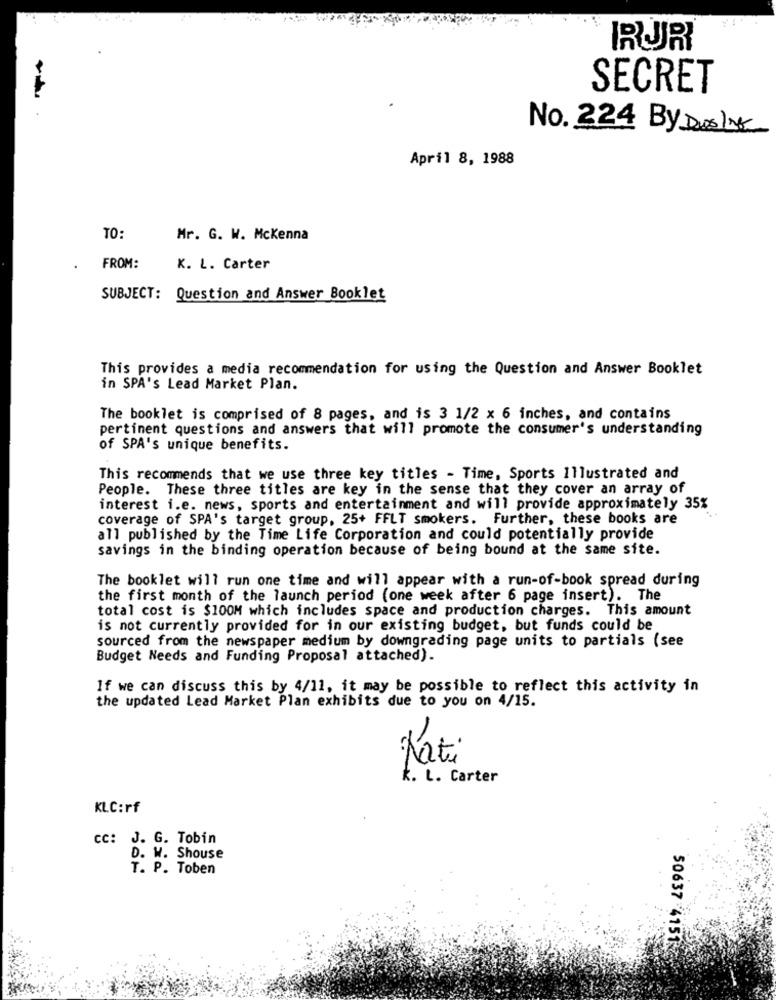
RUR
SECRET
No. 224 By Duslik
April 8, 1988
TO:
Mr. G. W. Mckenna
FROM:
K. L. Carter
SUBJECT: Question and Answer Booklet
This provides a media recommendation for using the Question and Answer Booklet
in SPA's Lead Market Plan.
The booklet is comprised of 8 pages, and is 3 1/2 x 6 inches, and contains
pertinent questions and answers that will promote the consumer's understanding
of SPA's unique benefits.
This recommends that we use three key titles - Time, Sports illustrated and
People. These three titles are key in the sense that they cover an array of
interest i.e. news, sports and entertainment and will provide approximately 35%
coverage of SPA's target group, 25+ FFLT smokers. Further, these books are
all published by the Time Life Corporation and could potentially provide
savings in the binding operation because of being bound at the same site.
The booklet will run one time and will appear with a run-of-book spread during
the first month of the launch period (one week after 6 page insert). The
total cost is $100M which includes space and production charges. This amount
is not currently provided for in our existing budget, but funds could be
sourced from the newspaper medium by downgrading page units to partials (see
Budget Needs and Funding Proposal attached).
If we can discuss this by 4/11, it may be possible to reflect this activity in
the updated Lead Market Plan exhibits due to you on 4/15.
Nati
k. L. Carter
KLC:rf
cc: J. G. Tobin
D. W. Shouse
T. P. Toben
50637 -4